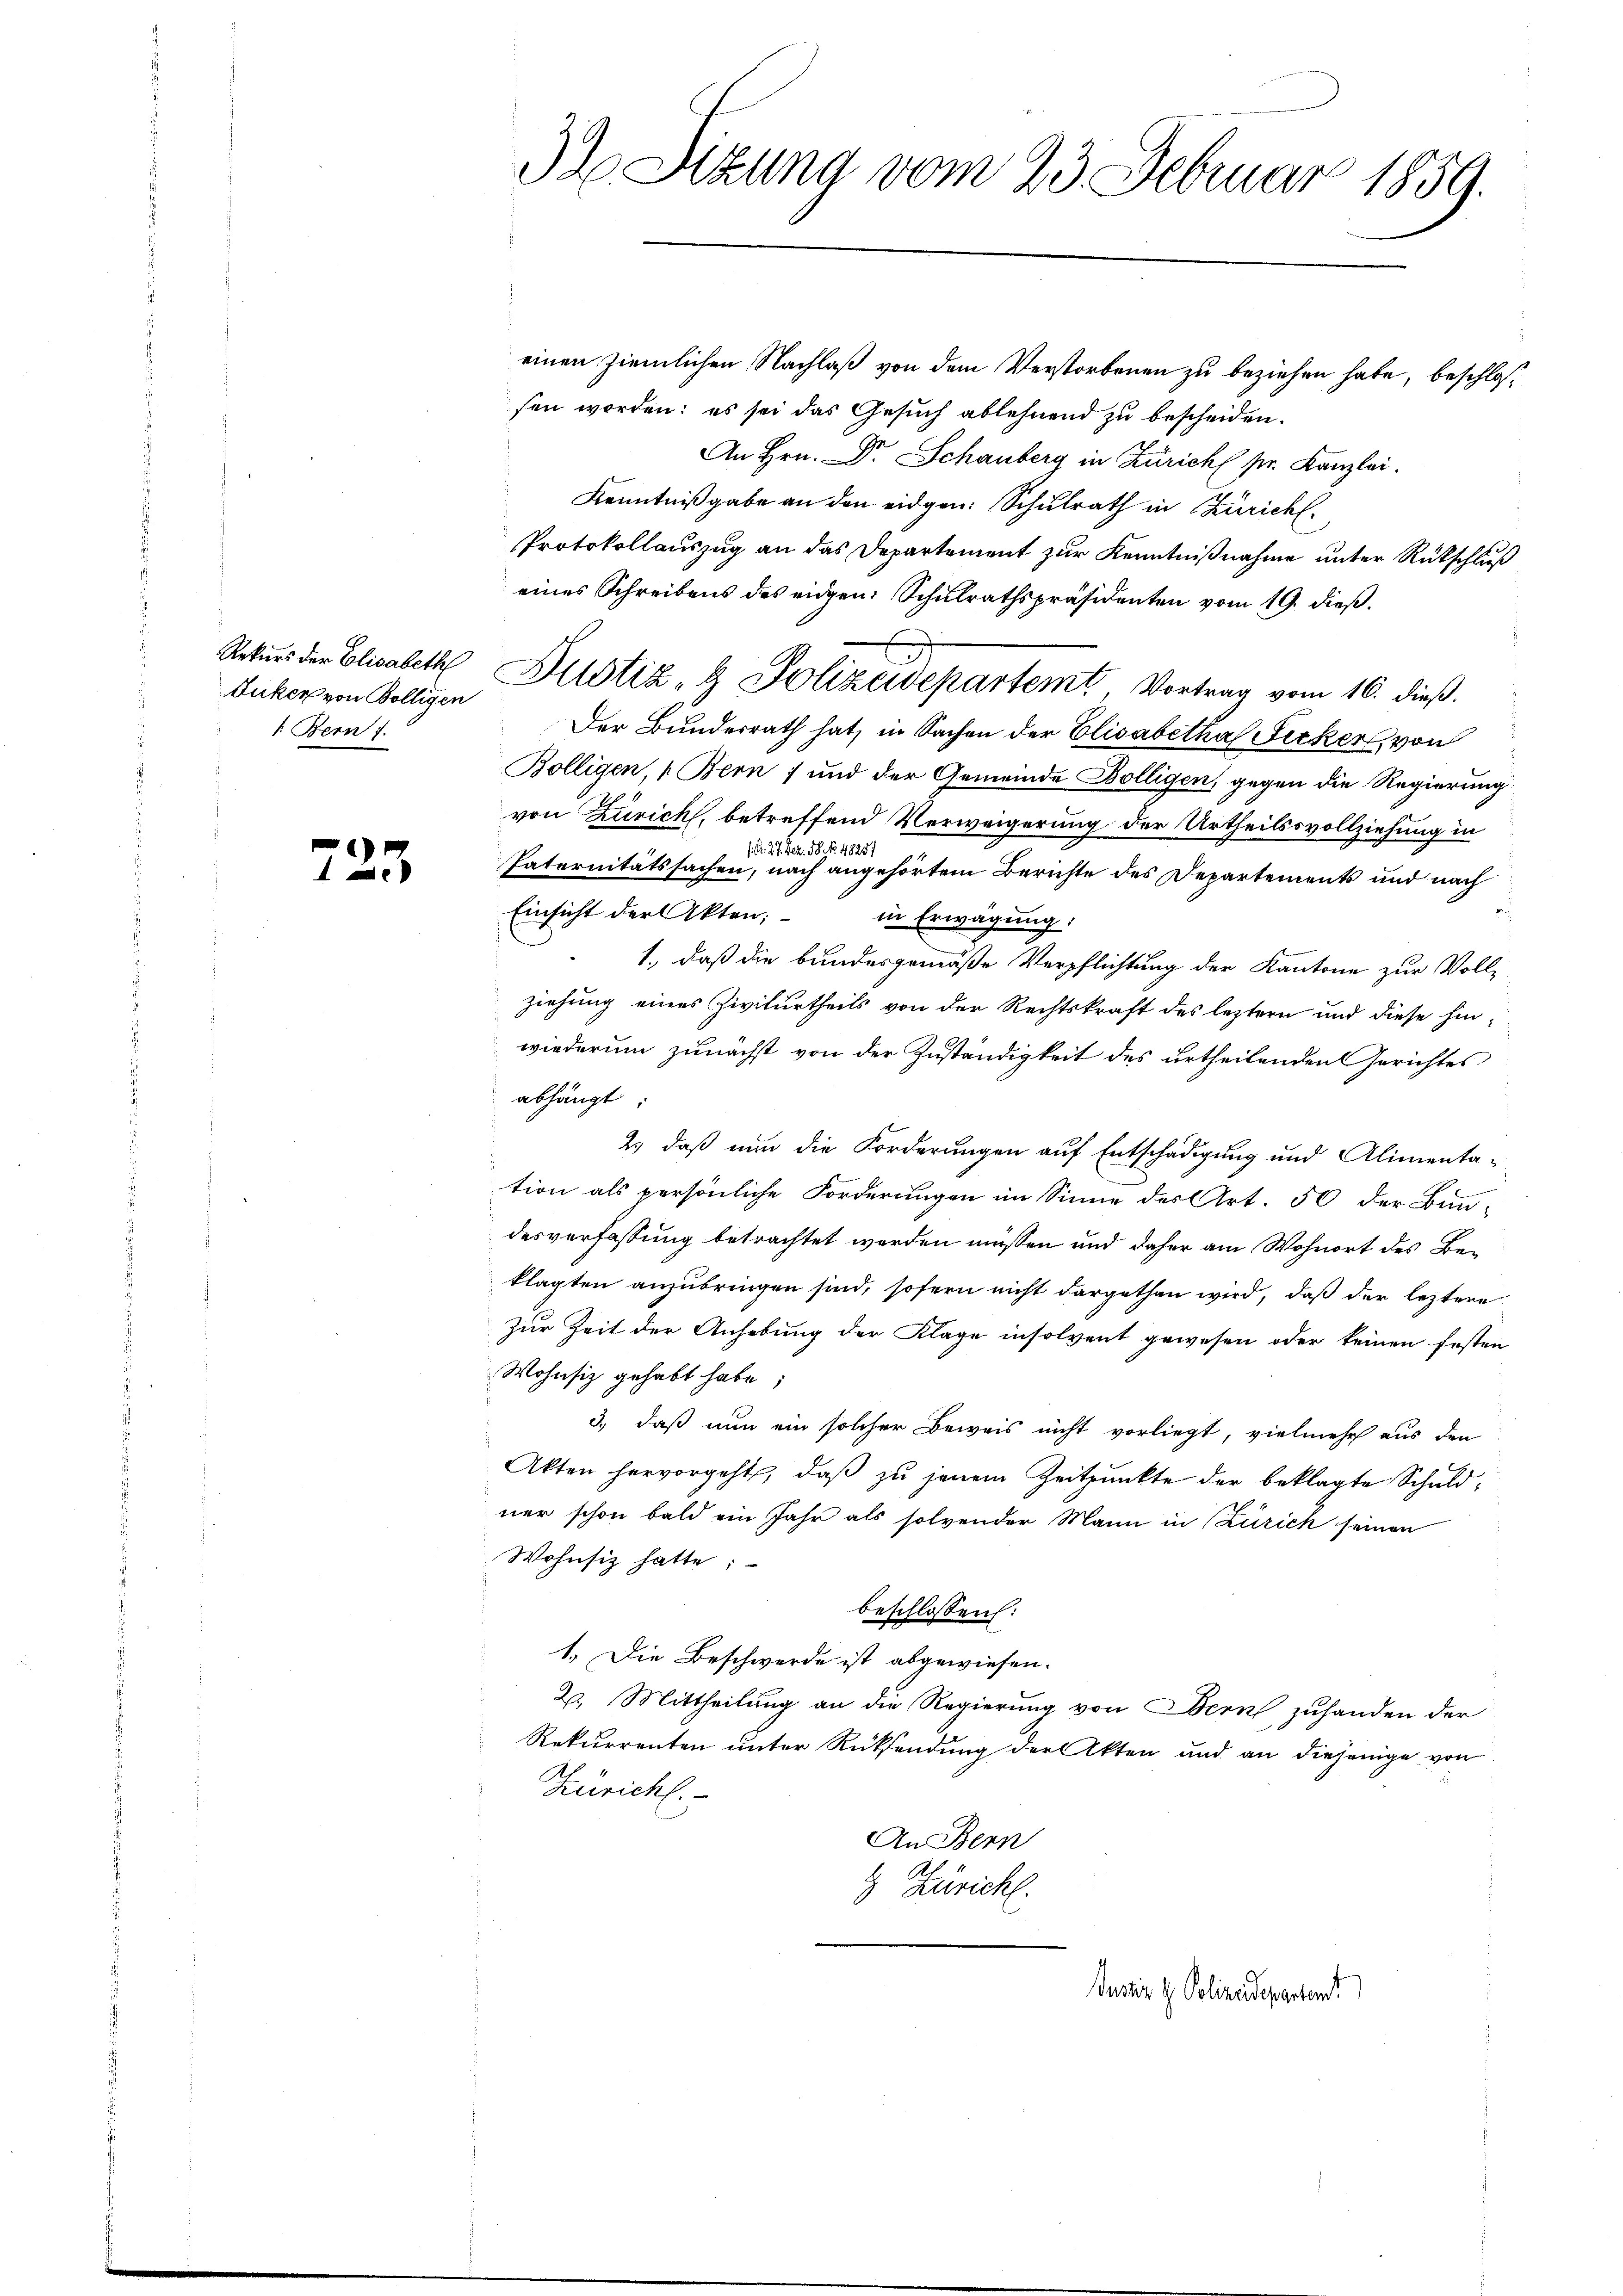
Duker von Bölligen
1. Bern 1.

723

32 Stzung vom 23. Februar 1859.

einen ziemlichen Nachlaß von dem Verstorbenen zu beziehen habe, beschlossen worden; es sei das Gesuch ablehnend zu bescheiden.
An Hrn. Dr. Schauberg in Zürich pr. Kanzlei.
Kenntnißgabe an den eidgen. Schulrath in Zürich.
Protokollauszug an das Departement zur Kenntnißnahme unter Rückschluß
eines Schreibens des eidgen: Schulrathspräsidenten vom 19. dieß.
Rekurs der Elisabeth Dustiz- & Polizeidepartemt Vortrag vom 16. dieß.
Der Bundesrath hat, in Sachen der Elisabetha Ficker, von
Bolligen, 1. Bern; und der Gemeinde Bölligen, gegen die Regierung
von Zürich, betreffend Verweigerung der Urtheilssvollziehung in
/. d. 27. Dez. 18. No. 1825.
Paternitätssachen, nach angehörtem Berichte des Departements und nach
Einsicht der Akten; in Erwägung:
1., daß die bundesgemäße Verpflichtung der Kantone zur Voll-
ziehung eines Zivilurtheils von der Rechtskraft des leztern und diese hinwiederum zunächst von der Zuständigkeit des urtheilenden Gerichtes
abhängt:
2.) daß nun die Forderungen auf Entschädigung und Alimentation als persönliche Forderungen im Sinne des Art. 50 der Bun-
desverfassung betrachtet werden müssen und daher am Wohnort des Be-
klagten anzubringen sind, sofern nicht dargethan wird, daß der letztere
Zur Zeit der Anhebung der Klage insolvent gewesen oder keinen festen
Wohnsiz gehabt habe;
3., daß nun ein solcher Beweis nicht vorliegt, vielmehr aus den
Akten hervorgeht, daß zu jenem Zeitpunkte der beklagte Schuldner schon bald ein Jahr als solvender Mann in Zürich seinen
Wohnsiz hatte;
beschlossen:
1. Die Beschwerde ist abgewiesen.
2. Mittheilung an die Regierung von Bern zuhanden der
Rekurrenten unter Rücksendung der Akten und an diejenige von
Züricht.
An Bern
& Züricht.
Justiz & Polizeidepartent